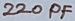
Text: 220PF